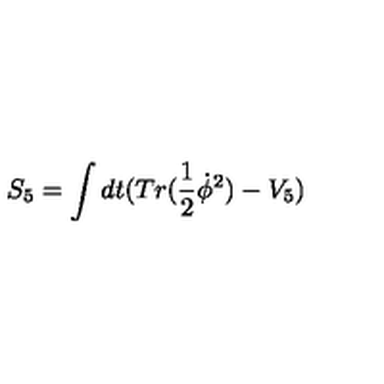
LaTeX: S _ { 5 } = \int d t ( T r ( \frac { 1 } { 2 } \dot { \phi } ^ { 2 } ) - V _ { 5 } )